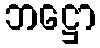
ဘဋ္ဌော